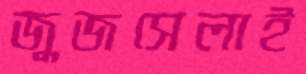
জুজসেলাই